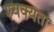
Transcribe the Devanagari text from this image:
श्यक्यता